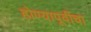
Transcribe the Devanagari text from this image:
होण्यापूर्वीचा